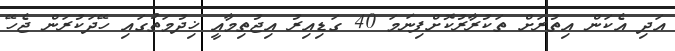
އަދި އެކަން އިތުރަށް ތަކުރާރުކޮށްފިނަމަ 40 ގަޑިއިރު އިޖުތިމާއީ ޚިދުމަތުގައި ހޭދަކުރަން ޖެހޭ